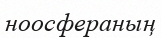
ноосфераның